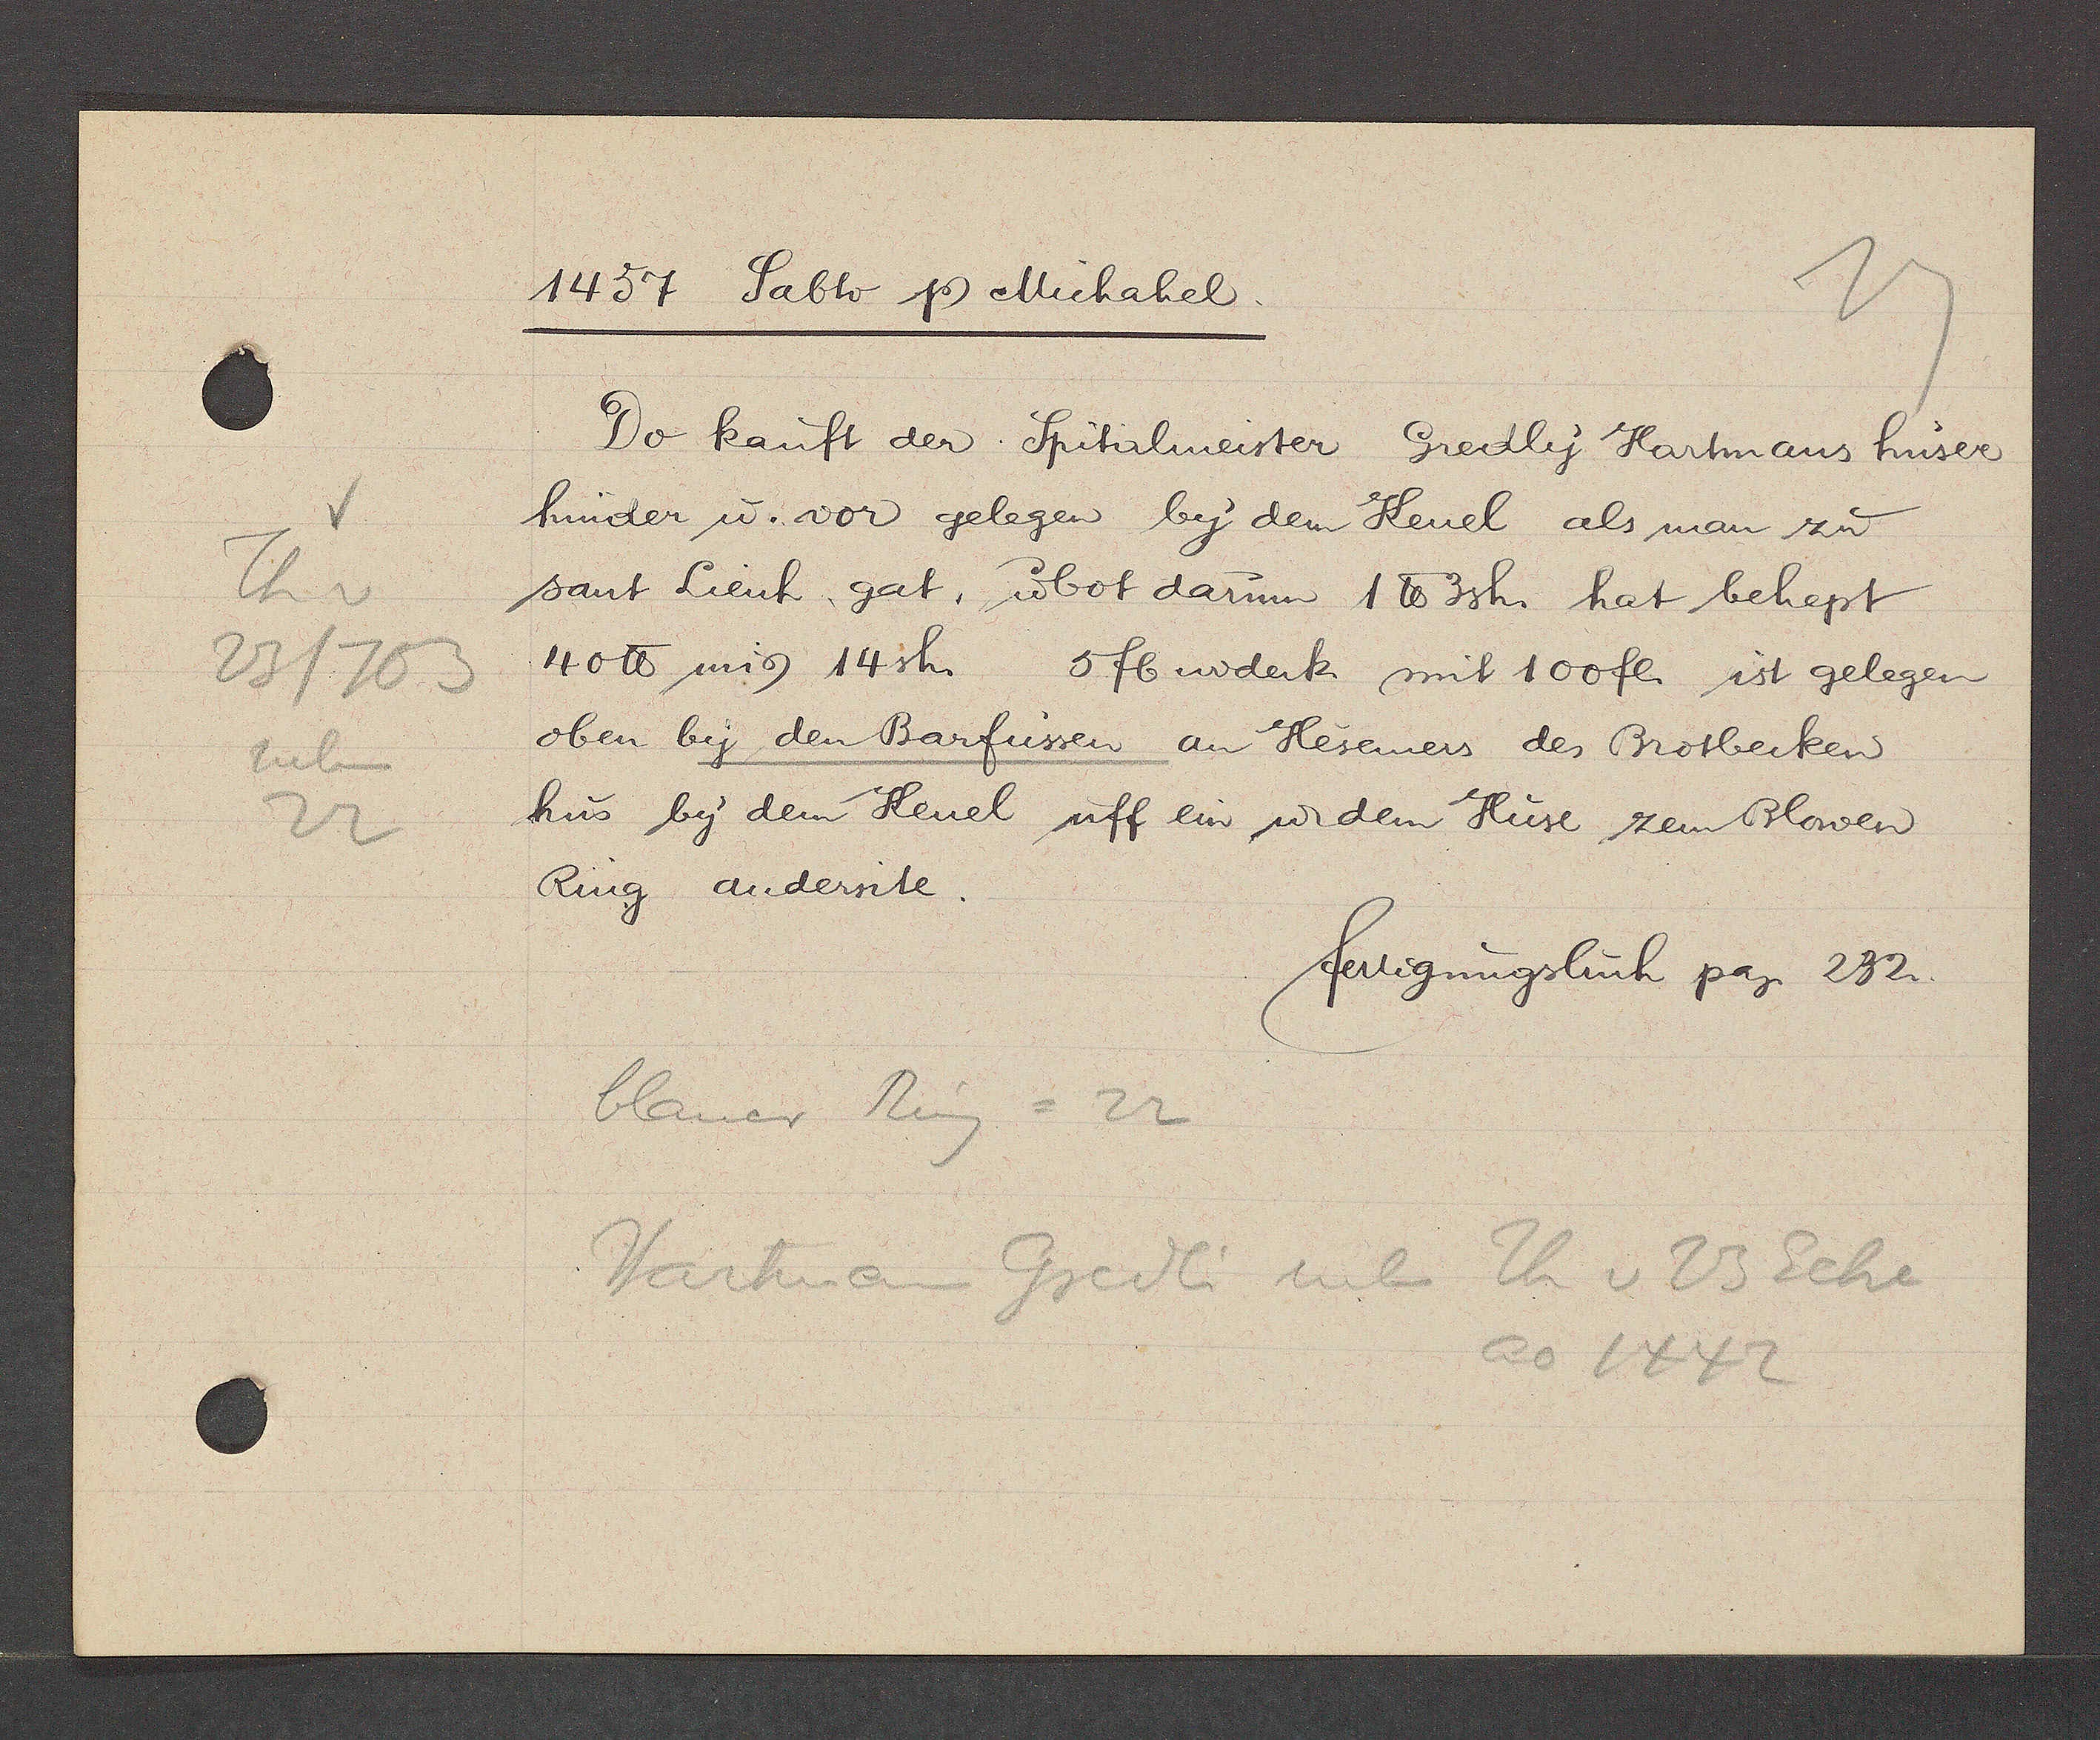
Transcript:
Th v
23/703
neben
22

1457 Sabto Ƿ Michahel.

Do kauft der Spitalmeister Gredly Hartmans huser
hinder u vor gelegen by dem Keuel als man zu
sant Lienh gat, ư bot darum 1 ℔ 3sh. hat behept
40 ℔ min 14sh. 5 fl widerk mit 100 fl. ist gelegen
oben by den Barfussen an Hesemers des Brotbecker
hus by dem Keuel uff ein u dem Huse zem Blowen
Ring andersite.

fertigungsbuch pag. 232.

blauer Ring = 22
Hartman Gredli neben Th v 23 Eche
ao 1442